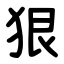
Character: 狠